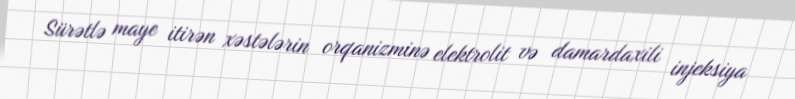
Sürətlə maye itirən xəstələrin orqanizminə elektrolit və damardaxili injeksiya